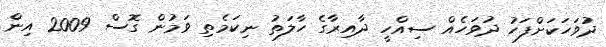
ދުވަހަކަށްފަހު ދުވަހެއް ސިއްހީ ދާއިރާގެ ހާލަތު ނިކަމެތި ވަމުން ގޮސް 2009 އިން